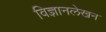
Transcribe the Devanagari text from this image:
विज्ञानलेखन